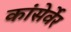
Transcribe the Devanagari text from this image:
कांसेर्वेर